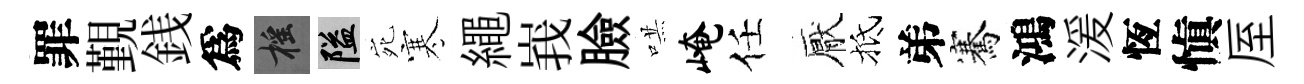
罪覲銭爲摇隘宛寒繩峩臉哄崦任厭抵弟騫鴻湲恆愼厔